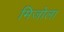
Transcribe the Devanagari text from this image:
मिजोला